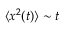
\langle x ^ { 2 } ( t ) \rangle \sim t